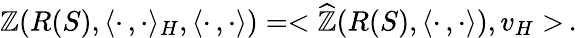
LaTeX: \mathbb{Z}(R(S),\langle\cdot\, ,\cdot\rangle_{H},\langle\cdot\, ,\cdot\rangle)=<\widehat{{\mathbb{Z}}}(R(S),\langle\cdot\, ,\cdot\rangle),v_{H}>\, .